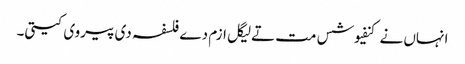
انہاں نے کنفیوشس مت تےلیگل ازم دے فلسفہ دی پیروی کیتی۔